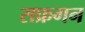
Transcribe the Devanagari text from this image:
सफ्रगन